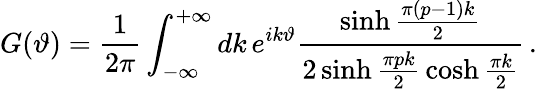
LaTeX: G(\vartheta)=\frac{1}{2\pi}\int_{-\infty}^{+\infty}dk\, e^{ik\vartheta}\frac{\sinh\frac{\pi(p-1)k}{2}}{2\sinh\frac{\pi pk}{2}\, \cosh\frac{\pi k}{2}}\, .